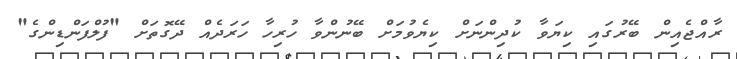
ރާއްޖެއިން ބޭރުގައި ކިޔަވާ ކުދިންނަށް ކިޔެވުމަށް ބޭނުންވާ ހުރިހާ ހަރަދެއް ދޭގޮތަށް "ފުލްފަންޑިންގެ"